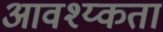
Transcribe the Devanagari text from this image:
आवश्य्कता